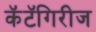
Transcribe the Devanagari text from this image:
कॅटॅगिरीज